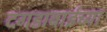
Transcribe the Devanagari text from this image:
दगडाबाईच्या